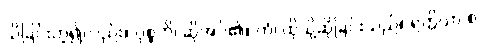
သိခြင်းဟူ၍လည်း။ ဝုစ္စတိ၊ ဆိုအပ်၏။ တံ၊ ထိုသို့ဆိုခြင်းသည်။ ရတ္တိယာ စ၊